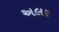
અલર